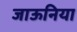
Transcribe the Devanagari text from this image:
जाऊनिया